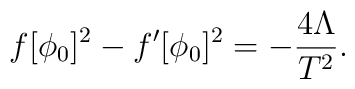
f[\phi_0]^2-f'[\phi_0]^2 = -\frac{4 \Lambda}{T^2} .